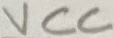
Text: VCC